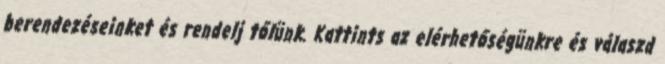
berendezéseinket és rendelj tőlünk. Kattints az elérhetőségünkre és válaszd